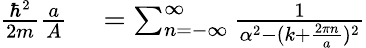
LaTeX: \begin{array}{rl}{{\frac{\hbar^{2}}{2m}}{\frac{a}{A}}}&{{}=\sum_{n=-\infty}^{\infty}{\frac{1}{\alpha^{2}-(k+{\frac{2\pi n}{a}})^{2}}}}\end{array}